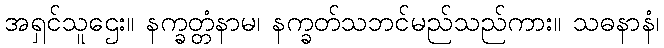
အရှင်သူဌေး။ နက္ခတ္တံနာမ၊ နက္ခတ်သဘင်မည်သည်ကား။ သဓနာနံ၊